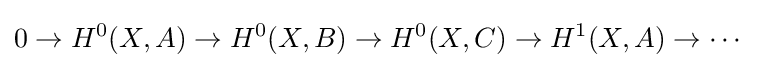
0\to H^{0}(X,A)\to H^{0}(X,B)\to H^{0}(X,C)\to H^{1}(X,A)\to \cdots